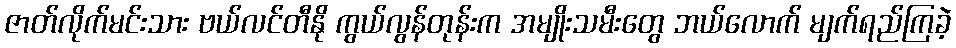
ဇာတ်လိုက်မင်းသား ဗယ်လင်တီနို ကွယ်လွန်တုန်းက အမျိုးသမီးတွေ ဘယ်လောက် မျက်ရည်ကြခဲ့